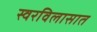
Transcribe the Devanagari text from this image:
स्वरविलासात